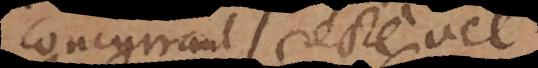
concurrant recte vel